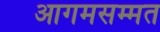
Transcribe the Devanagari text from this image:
आगमसम्मत